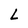
Character: L